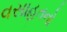
વસાહતનો